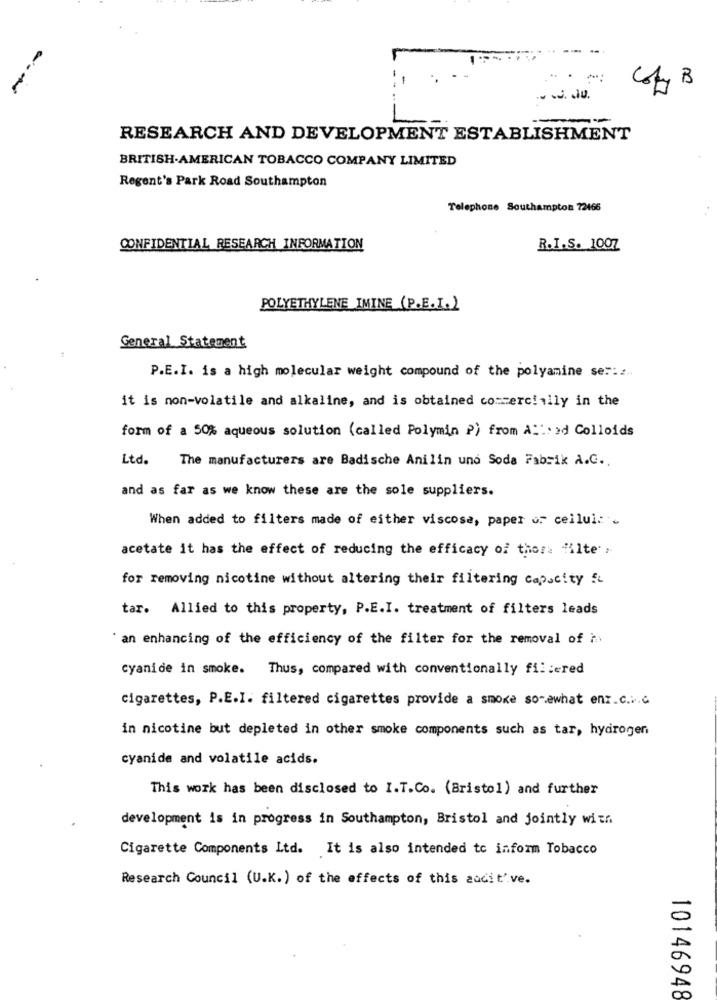
---
-w.JU.
RESEARCH AND DEVELOPMENT ESTABLISHMENT
BRITISH-AMERICAN TOBACCO COMPANY LIMITED
Regent's Park Road Southampton
Telephone Southampton 72466
CONFIDENTIAL RESEARCH INFORMATION
R.I.S. 100Z
POLYETHYLENE IMINE (P.E.I.)
General Statement
P.E.I. is a high molecular weight compound of the polyamine se :: z ..
it is non-volatile and alkaline, and is obtained commercially in the
form of a 50% aqueous solution (called Polymin P) from A :: 22 Colloids
Ltd.
The manufacturers are Badische Anilin und Soda Fabrik A.G.
and as far as we know these are the sole suppliers.
When added to filters made of either viscose, paper or cellul: .
acetate it has the effect of reducing the efficacy of thor: "ilte .
for removing nicotine without altering their filtering capacity
tar. Allied to this property, P.E.I. treatment of filters leads
' an enhancing of the efficiency of the filter for the removal of h
cyanide in smoke. Thus, compared with conventionally filtered
cigarettes, P.E.I. filtered cigarettes provide a smoke somewhat enr.c.v.c
in nicotine but depleted in other smoke components such as tar, hydrogen
cyanide and volatile acids.
This work has been disclosed to I.T.Co. (Bristol) and further
development is in progress in Southampton, Bristol and jointly with
Cigarette Components Ltd. It is also intended to inform Tobacco
Research Council (U.K.) of the effects of this audit'.ve.
10146948